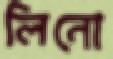
লিনো